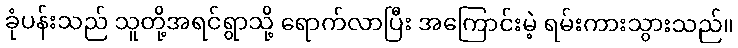
ခုံပန်းသည် သူတို့အရင်ရွာသို့ ရောက်လာပြီး အကြောင်းမဲ့ ရမ်းကားသွားသည်။